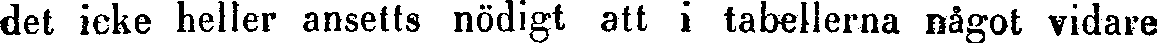
det icke heller ansetts nödigt att i tabellerna något vidare